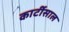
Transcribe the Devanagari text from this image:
कार्टीसाल